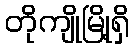
တိုကျိုမြို့ရှိ